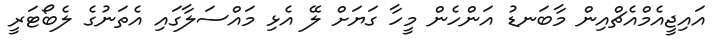
އައިޖީއެމްއެޗްއިން މާބަނޑު އަންހެން މީހާ ގަޔަށް ލޭ އެޅި މައްސަލާގައި އެތަނުގެ ލެބޯޓަރީ